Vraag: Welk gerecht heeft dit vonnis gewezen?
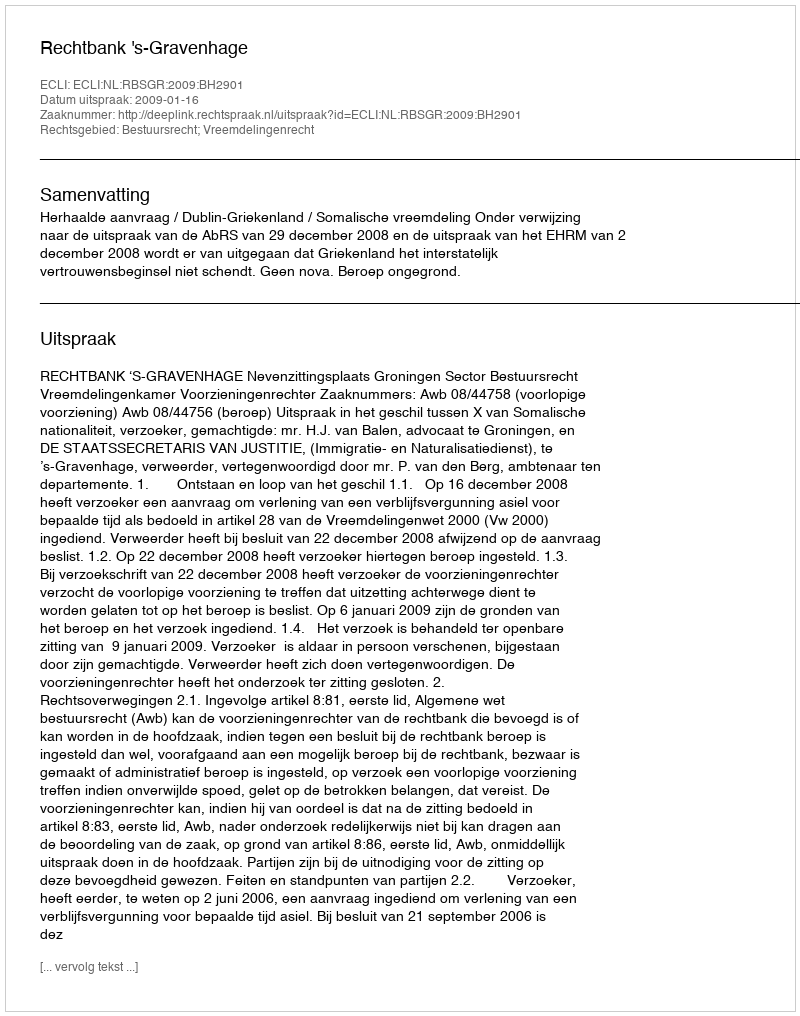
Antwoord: Rechtbank 's-Gravenhage